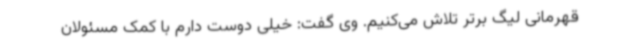
قهرمانی لیگ برتر تلاش می‌کنیم. وی گفت: خیلی دوست دارم با کمک مسئولان